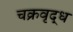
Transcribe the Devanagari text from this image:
चक्रवृद्ध